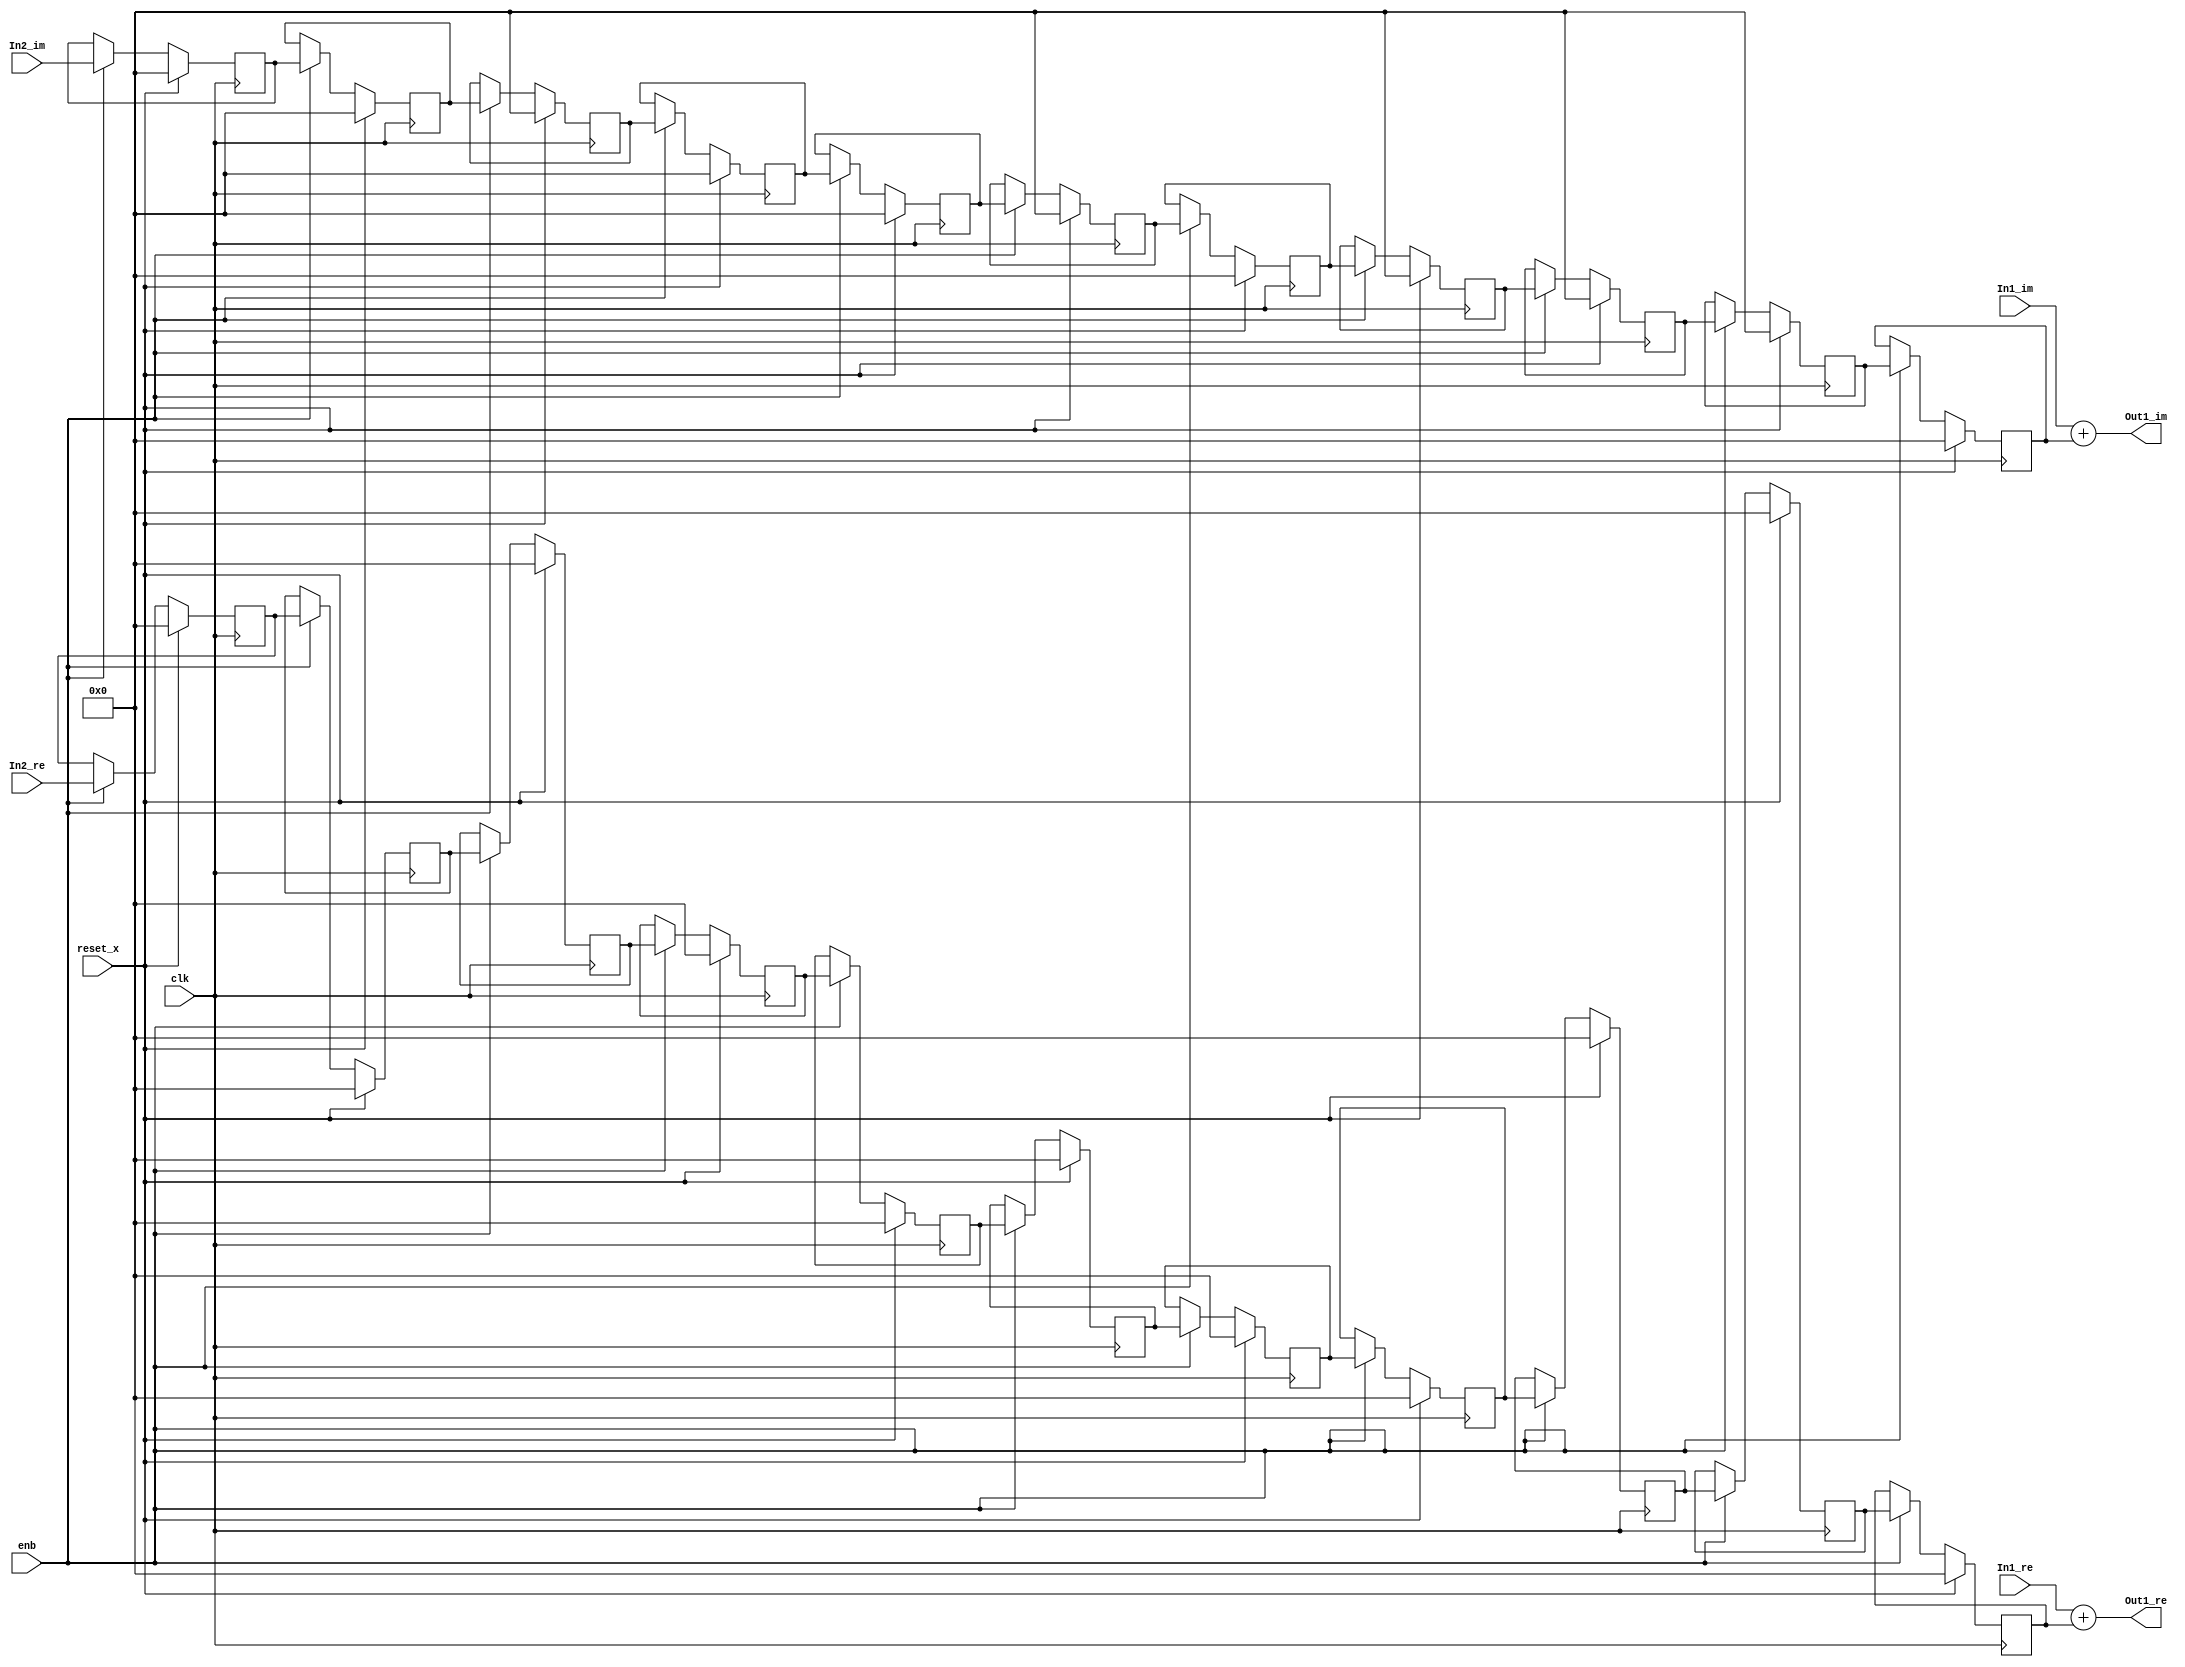
// -------------------------------------------------------------
// 
// 
// Generated by MATLAB 9.8 and HDL Coder 3.16
// 
// -------------------------------------------------------------


// -------------------------------------------------------------
// 
// Module: Complex_Sum2_block16
// Source Path: newhope_cambios/FDHT/DFT_2/DFT10 - block_2/DFT5-row 1/DFT5-3/Complex-Sum2
// Hierarchy Level: 5
// 
// -------------------------------------------------------------

`timescale 1 ns / 1 ns

module Complex_Sum2_block16
          (clk,
           reset_x,
           enb,
           In1_re,
           In1_im,
           In2_re,
           In2_im,
           Out1_re,
           Out1_im);


  input   clk;
  input   reset_x;
  input   enb;
  input   signed [36:0] In1_re;  // sfix37_En22
  input   signed [36:0] In1_im;  // sfix37_En22
  input   signed [36:0] In2_re;  // sfix37_En22
  input   signed [36:0] In2_im;  // sfix37_En22
  output  signed [36:0] Out1_re;  // sfix37_En22
  output  signed [36:0] Out1_im;  // sfix37_En22


  reg signed [36:0] delayMatch_reg [0:10];  // sfix37 [11]
  wire signed [36:0] delayMatch_reg_next [0:10];  // sfix37_En22 [11]
  wire signed [36:0] Complex_to_Real_Imag2_out1;  // sfix37_En22
  wire signed [36:0] Sum_out1;  // sfix37_En22
  reg signed [36:0] delayMatch1_reg [0:10];  // sfix37 [11]
  wire signed [36:0] delayMatch1_reg_next [0:10];  // sfix37_En22 [11]
  wire signed [36:0] Complex_to_Real_Imag2_out2;  // sfix37_En22
  wire signed [36:0] Sum1_out1;  // sfix37_En22


  always @(posedge clk)
    begin : delayMatch_process
      if (reset_x == 1'b1) begin
        delayMatch_reg[0] <= 37'sh0000000000;
        delayMatch_reg[1] <= 37'sh0000000000;
        delayMatch_reg[2] <= 37'sh0000000000;
        delayMatch_reg[3] <= 37'sh0000000000;
        delayMatch_reg[4] <= 37'sh0000000000;
        delayMatch_reg[5] <= 37'sh0000000000;
        delayMatch_reg[6] <= 37'sh0000000000;
        delayMatch_reg[7] <= 37'sh0000000000;
        delayMatch_reg[8] <= 37'sh0000000000;
        delayMatch_reg[9] <= 37'sh0000000000;
        delayMatch_reg[10] <= 37'sh0000000000;
      end
      else begin
        if (enb) begin
          delayMatch_reg[0] <= delayMatch_reg_next[0];
          delayMatch_reg[1] <= delayMatch_reg_next[1];
          delayMatch_reg[2] <= delayMatch_reg_next[2];
          delayMatch_reg[3] <= delayMatch_reg_next[3];
          delayMatch_reg[4] <= delayMatch_reg_next[4];
          delayMatch_reg[5] <= delayMatch_reg_next[5];
          delayMatch_reg[6] <= delayMatch_reg_next[6];
          delayMatch_reg[7] <= delayMatch_reg_next[7];
          delayMatch_reg[8] <= delayMatch_reg_next[8];
          delayMatch_reg[9] <= delayMatch_reg_next[9];
          delayMatch_reg[10] <= delayMatch_reg_next[10];
        end
      end
    end

  assign Complex_to_Real_Imag2_out1 = delayMatch_reg[10];
  assign delayMatch_reg_next[0] = In2_re;
  assign delayMatch_reg_next[1] = delayMatch_reg[0];
  assign delayMatch_reg_next[2] = delayMatch_reg[1];
  assign delayMatch_reg_next[3] = delayMatch_reg[2];
  assign delayMatch_reg_next[4] = delayMatch_reg[3];
  assign delayMatch_reg_next[5] = delayMatch_reg[4];
  assign delayMatch_reg_next[6] = delayMatch_reg[5];
  assign delayMatch_reg_next[7] = delayMatch_reg[6];
  assign delayMatch_reg_next[8] = delayMatch_reg[7];
  assign delayMatch_reg_next[9] = delayMatch_reg[8];
  assign delayMatch_reg_next[10] = delayMatch_reg[9];



  assign Sum_out1 = In1_re + Complex_to_Real_Imag2_out1;



  assign Out1_re = Sum_out1;

  always @(posedge clk)
    begin : delayMatch1_process
      if (reset_x == 1'b1) begin
        delayMatch1_reg[0] <= 37'sh0000000000;
        delayMatch1_reg[1] <= 37'sh0000000000;
        delayMatch1_reg[2] <= 37'sh0000000000;
        delayMatch1_reg[3] <= 37'sh0000000000;
        delayMatch1_reg[4] <= 37'sh0000000000;
        delayMatch1_reg[5] <= 37'sh0000000000;
        delayMatch1_reg[6] <= 37'sh0000000000;
        delayMatch1_reg[7] <= 37'sh0000000000;
        delayMatch1_reg[8] <= 37'sh0000000000;
        delayMatch1_reg[9] <= 37'sh0000000000;
        delayMatch1_reg[10] <= 37'sh0000000000;
      end
      else begin
        if (enb) begin
          delayMatch1_reg[0] <= delayMatch1_reg_next[0];
          delayMatch1_reg[1] <= delayMatch1_reg_next[1];
          delayMatch1_reg[2] <= delayMatch1_reg_next[2];
          delayMatch1_reg[3] <= delayMatch1_reg_next[3];
          delayMatch1_reg[4] <= delayMatch1_reg_next[4];
          delayMatch1_reg[5] <= delayMatch1_reg_next[5];
          delayMatch1_reg[6] <= delayMatch1_reg_next[6];
          delayMatch1_reg[7] <= delayMatch1_reg_next[7];
          delayMatch1_reg[8] <= delayMatch1_reg_next[8];
          delayMatch1_reg[9] <= delayMatch1_reg_next[9];
          delayMatch1_reg[10] <= delayMatch1_reg_next[10];
        end
      end
    end

  assign Complex_to_Real_Imag2_out2 = delayMatch1_reg[10];
  assign delayMatch1_reg_next[0] = In2_im;
  assign delayMatch1_reg_next[1] = delayMatch1_reg[0];
  assign delayMatch1_reg_next[2] = delayMatch1_reg[1];
  assign delayMatch1_reg_next[3] = delayMatch1_reg[2];
  assign delayMatch1_reg_next[4] = delayMatch1_reg[3];
  assign delayMatch1_reg_next[5] = delayMatch1_reg[4];
  assign delayMatch1_reg_next[6] = delayMatch1_reg[5];
  assign delayMatch1_reg_next[7] = delayMatch1_reg[6];
  assign delayMatch1_reg_next[8] = delayMatch1_reg[7];
  assign delayMatch1_reg_next[9] = delayMatch1_reg[8];
  assign delayMatch1_reg_next[10] = delayMatch1_reg[9];



  assign Sum1_out1 = In1_im + Complex_to_Real_Imag2_out2;



  assign Out1_im = Sum1_out1;

endmodule  // Complex_Sum2_block16